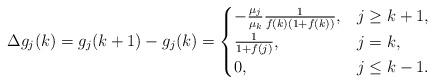
LaTeX: \begin{align*}\Delta g_j(k)=g_j(k+1)-g_j(k)=\begin{cases} -\frac{\mu_j}{\mu_{k}} \frac{1}{f(k)(1+f(k))}, & j\geq k+1, \\ \frac{1}{1+f(j)}, & j=k,\\0, & j \leq k-1. \end{cases}\end{align*}